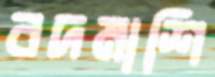
বদমাশি